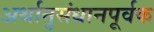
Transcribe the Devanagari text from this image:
अर्थानुसंधानपूर्वक